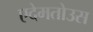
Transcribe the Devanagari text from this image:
एदेमतोउस